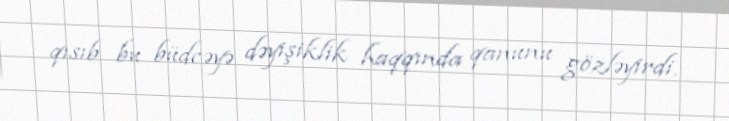
qısıb bu büdcəyə dəyişiklik haqqında qanunu gözləyirdi.